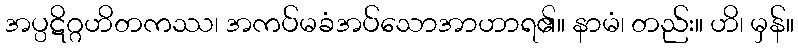
အပ္ပဋိဂ္ဂဟိတကဿ၊ အကပ်မခံအပ်သောအာဟာရ၏။ နာမံ၊ တည်း။ ဟိ၊ မှန်။